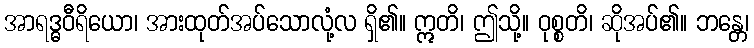
အာရဒ္ဓဝီရိယော၊ အားထုတ်အပ်သောလုံ့လ ရှိ၏။ ဣတိ၊ ဤသို့။ ဝုစ္စတိ၊ ဆိုအပ်၏။ ဘန္တေ၊